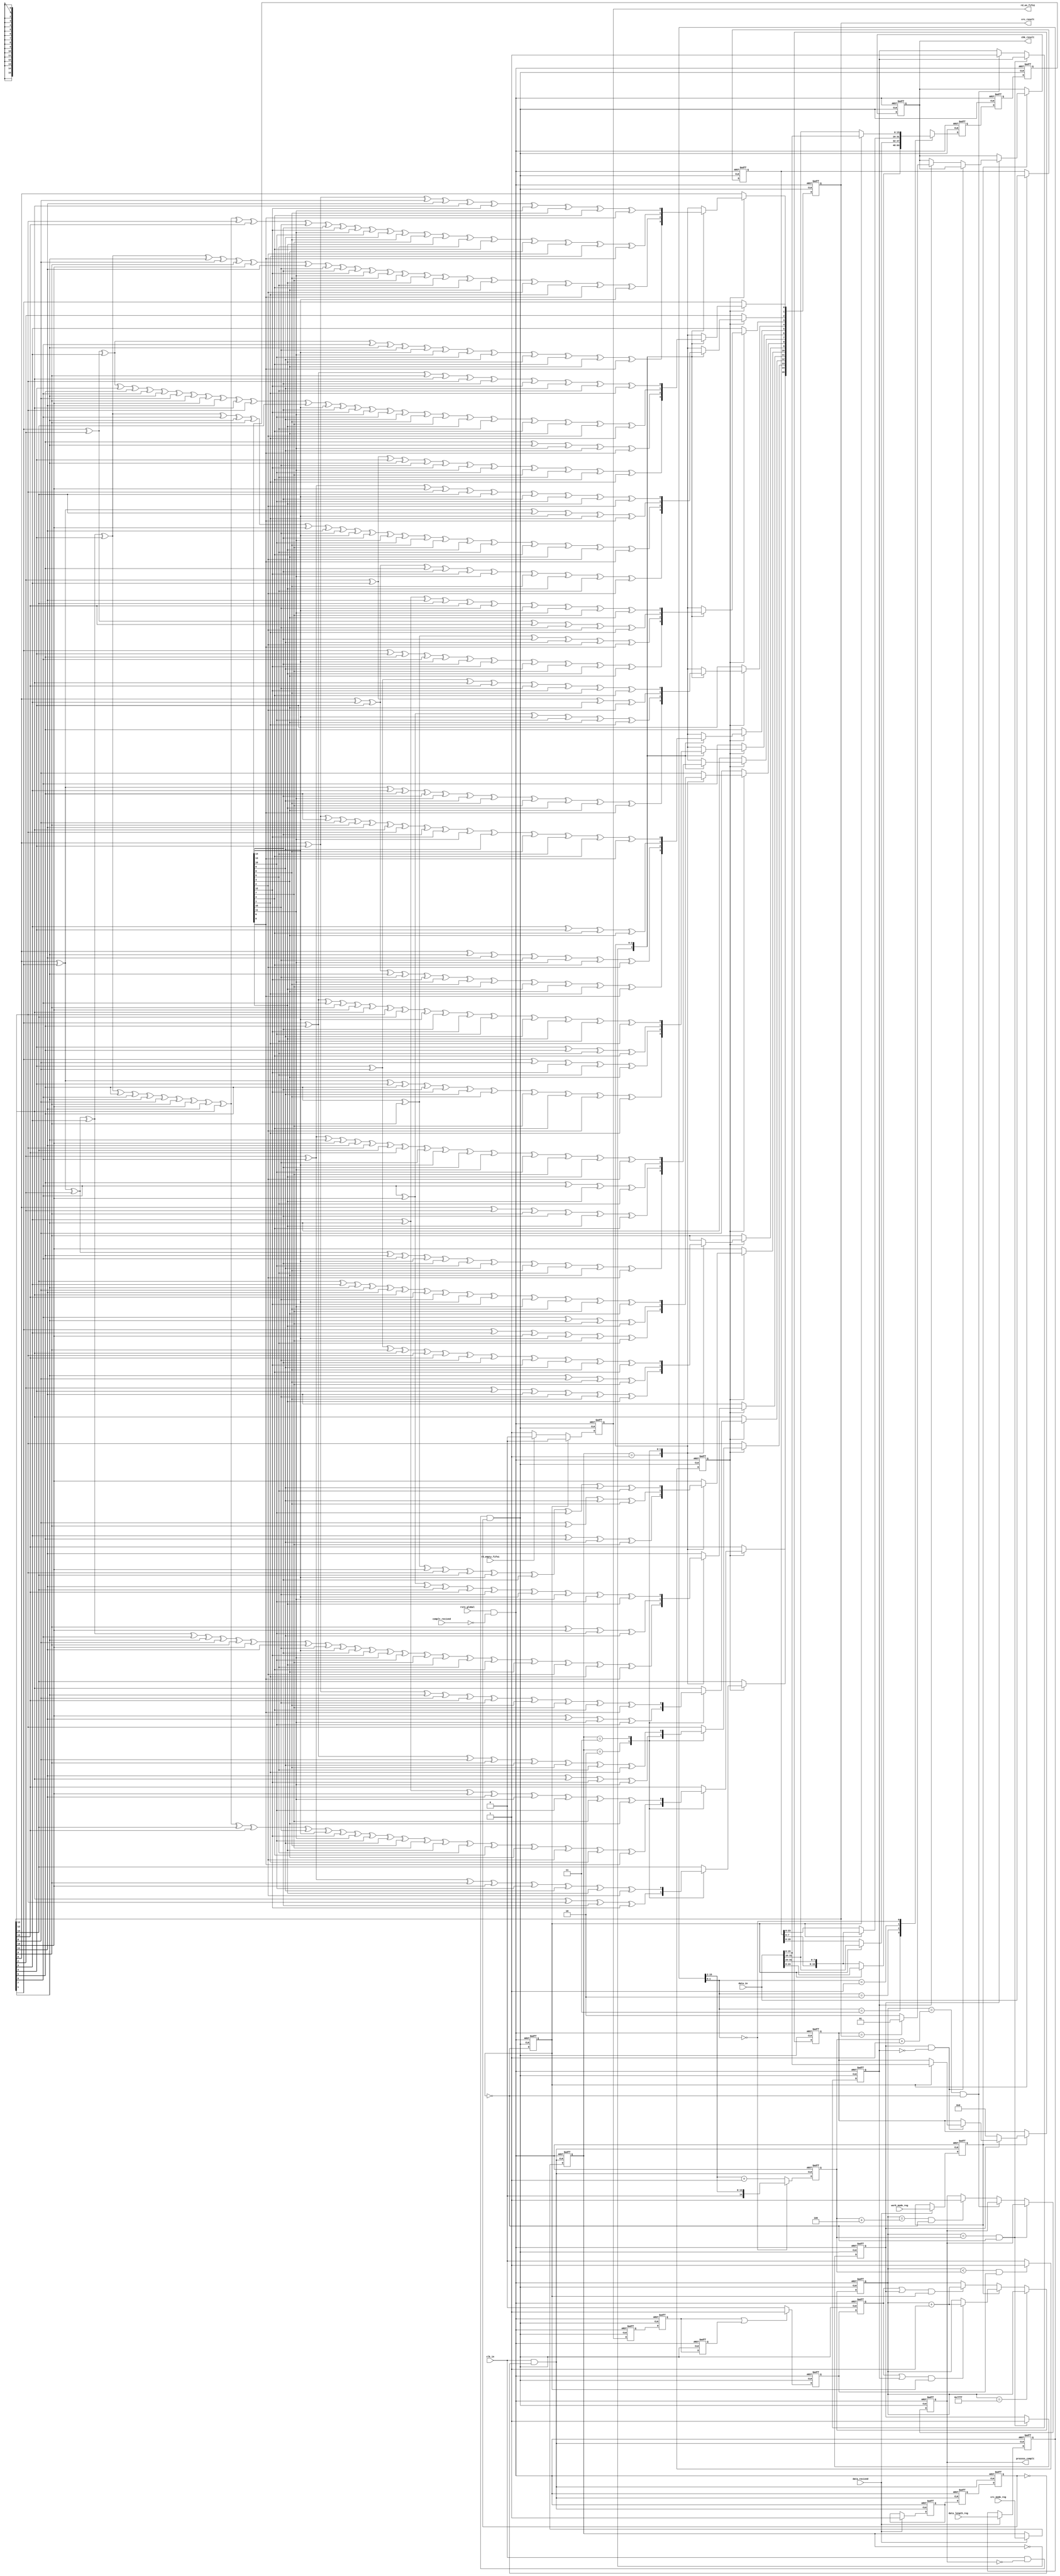
/* //----------------------------------------------------------------------------------------------------------//
//Title: crc_cal;
//Function: crc_cal.
//Version: 1. 20190515.Write this file.
                2.20190524, add fifo to read the data out. now, I can run this function in serial way.
                3.20190527, after check, all functions work well!!!
                4.20190527, add data_in_valid signal.
                5.20190527, change the module's name, let it be a submodule.
                6.20190610, add a input fifo, use rd_en_fifo1 to generate a data_in_valid signal, after test, I find it works well.
//Function: when time 0, first 1 bit data comes in, and some input signals tell me the data_length, crc_mode,
                work_mode. then it caculate the crc number. In work_mode_crc, it writes the data_in and crc to fifo, 
                and in a suitable time, it read the data out(but for convience, I use the clk_in as both input and 
                output fifo clock). In work_mode_chk, it output the chk_result signal.
//Some parameter:               
            ////crc_mode:
            // parameter crc_8bit_mode= 4'b00;
            // parameter crc_12bit_mode= 4'b01;
            // parameter crc_16bit_mode= 4'b10;
            // parameter crc_ccitt_16bit_mode= 4'b11;
            ////work_mode:
            // parameter work_mode_crc= 1'b0;
            // parameter work_mode_chk= 1'b1;
//---------------------------------------------------------------------------------------------------------// */

module crc_cal(
clk_in,
rstn_global,
complt_recived,
data_in,
data_length_reg,
crc_mode_reg,
work_mode_reg,
rd_empty_fifo1,
data_recived,
rd_en_fifo1,
chk_result,
crc_result,
process_complt
);

/* //crc_mode---------- */
parameter crc_8bit_mode= 2'b00;
parameter crc_12bit_mode= 2'b01;
parameter crc_16bit_mode= 2'b10;
parameter crc_ccitt_16bit_mode= 2'b11;
/* ////work_mode------------- */
parameter work_mode_crc= 1'b0;
parameter work_mode_chk= 1'b1;

//------------------------------------------------------------------------------------------------------//
//----------------------------input/output declarations-------------------------------------------//
//--------------------------------------------------------------------------------------------------//
input                   clk_in;                      //input 500mhz clk 
input                   rstn_global;              //global rstn 
input                   complt_recived;           //process restart, use as a reset.
input [31:0]         data_in;                     //32 bit data_in 
input [15:0]         data_length_reg;                //the valid data's length, 65536= 'h10000;
input [1:0]           crc_mode_reg;                 //crc8,12,16,16c. selected by 00,01,10,11
input                   work_mode_reg;              //crc or chk
input                   rd_empty_fifo1;           //200mHz fifo is empty
input                   data_recived;               //configdata will come.
output                 rd_en_fifo1;           //enable read data from 200mHz fifo 
output [1:0]         chk_result;                //01 is right, 10 is wrong. 00 is default
output [15:0]       crc_result;                  //the crc result
output                 process_complt;           //tell others that this module's process is complete.
  

//------------------------------------------------------------------------------------------------------//
//---------------------------------------------main code-------------------------------------------//
//--------------------------------------------------------------------------------------------------//
/* ////clk control------------- */
wire    clk_ctrl0;
wire    clk_ctrl1;

/* ////generate rstn, they can all enable reset----------- */
wire rstn;

/* ////if data_recived, then read config data.---------------- */
reg  [15:0]    data_length_8bit;
reg [14:0]    data_length_32bit;
reg               work_mode;
reg   [1:0]      crc_mode;

reg         process_begin;
reg         process_begin_d1;
reg         process_begin_d2;

/* //delay the data, prepare to split the data into 2 parts -------------------*/
reg [31:0] data_in_d1;

/* //generate a flip signal, use it to select which 16-bits data to use -------------------*/
reg data_select;

/* //select which 16-bits data to use-------------------*/
reg [15:0] data_using;
reg [15:0] data_using_d0;
reg [15:0] data_using_d1;


/* ////generate a rd_empty signal, and let the rd_empty signal to generate a valid signal ----------------*/
reg     rd_en_fifo1;
reg     data_in_valid_d0;       //parallel with data_in
reg     data_in_valid_d1;       //parallel with first data_using
reg     data_in_valid_d2;       //parallel with second data_using
reg     data_in_valid_3;       //parallel with second data_using
reg     data_in_valid/* synthesis keep */;         //data_in_valid is 1 when first and second data_using

/* ////crc calculate valid. */
reg    crc_cal_valid/* synthesis keep */;      //crc_cal_valid is 1 when not crc_complete and data_in_valid is 1

/* ////generate crc---- */
reg [15:0] crc_caling;         //the realtime crc_result. 

/* ////generate counter---- */
reg [14:0] data_count;    //65536= 'h10000;

/* ////Generate a cal_complete signal */
reg chk_complt;         //after data_length_32bit+1, 1
reg crc_complt;           //after data_length_32bit, 1
reg process_complt;     //after data_length_32bit+4, 1.


/* ////check crc. work_mode_chk---------  */
reg [1:0] chk_result;       //if right ,01; if wrong, 10.
reg [15:0] crc_chk_tmp;     //crc data in data_in

/* ////crc_result. make a final result---------- */
wire [15:0] crc_result/* synthesis keep */;     //crc_result from caculating the data_in



////---------------------------------------------------------------------------------------------------
/* ////clk control------------- */
assign clk_ctrl0= clk_in && ~process_begin_d2;
assign clk_ctrl1= clk_in && ~process_complt && process_begin_d2;

////generate rstn, they can all enable reset-----------
assign rstn= rstn_global && ~complt_recived;

/* ////if data_recived, then read config data.---------------- */   
always@(posedge clk_ctrl0 or negedge rstn)
    begin
    if ( ~rstn )
        begin
        data_length_8bit<= 'b1;
        work_mode<= 'b0;
        crc_mode<= 'b0; 
        end
    else 
        begin
        if ( data_recived )
            begin
            data_length_8bit<= data_length_reg;
            work_mode<= work_mode_reg;
            crc_mode<= crc_mode_reg;
            end
        end
    end
    
    
always@(posedge clk_ctrl0 or negedge rstn)
    begin
    if ( ~rstn )
        begin
        process_begin<= 'b0;
        end
    else 
        begin
        if ( data_recived )
            begin
            process_begin<= 'b1;
            end
        end
    end
 
always@(posedge clk_ctrl0 or negedge rstn)
    begin
    if ( ~rstn )
        begin
        process_begin_d1<= 'b0;
        process_begin_d2<= 'b0;
        end
    else 
        begin
        process_begin_d1<= process_begin;
        process_begin_d2<= process_begin_d1;
        end
    end
    
always@(posedge clk_ctrl0 or negedge rstn)
    begin
    if ( ~rstn )
        begin
        data_length_32bit<= 'b1;
        end
    else 
        begin
        if (data_length_8bit[1:0]==2'b00 )
            begin
            data_length_32bit<= data_length_8bit[15:2];
            end
        else
            begin
            data_length_32bit<= data_length_8bit[15:2]+'b1;
            end
        end
    end
    
        
/* //delay the data, prepare to split the data into 2 parts -------------------*/
always@(posedge clk_ctrl1 or negedge rstn)
    begin
    if ( ~rstn )
        begin
        data_in_d1<= 'h0;
        end
    else 
        begin
        if ( data_select== 'b1)
            begin 
            data_in_d1<= data_in;
            end
        end
    end
    
    
/* //generate a flip signal, use it to select which 16-bits data to use -------------------*/
always@(posedge clk_ctrl1 or negedge rstn)
    begin
    if ( ~rstn )
        begin
        data_select<= 'b0;
        end
    else 
        begin
        data_select<= ~data_select;
        end
    end
    
    
/* //select which 16-bits data to use-------------------*/
always@(posedge clk_ctrl1 or negedge rstn)
    begin
    if ( ~rstn )
        begin
        data_using_d0<= 'h0;
        end
    else 
        begin
        case( data_length_8bit[1:0] )
        2'b11 :
            begin
            if ( ~data_select )
                begin
                data_using_d0<= { data_in_d1[7:0],data_in[31:24] };
                end
            else 
                begin
                data_using_d0<= data_in[23:8];
                end
            end
        2'b10 :
            begin
            if ( ~data_select )
                begin
                data_using_d0<= data_in_d1[15:0];
                end
            else 
                begin
                data_using_d0<= data_in[31:16];
                end
            end
        2'b01 :
            begin
            if ( ~data_select )
                begin
                data_using_d0<= data_in_d1[23:8] ;
                end
            else 
                begin
                data_using_d0<= { data_in_d1[7:0],data_in[31:24] };
                end
            end
        2'b00 :
            begin
            if ( ~data_select )
                begin
                data_using_d0<= data_in[31:16] ;
                end
            else 
                begin
                data_using_d0<= data_in[15:0];
                end
            end
        default :
            begin
                data_using_d0<= 'd0;
            end
        endcase
        end
    end
    
always@(posedge clk_ctrl1 or negedge rstn)
    begin
    if ( ~rstn )
        begin
        data_using_d1<= 'b0;
        data_using<= 'b0;
        end
    else 
        begin
        data_using_d1<= data_using_d0;      //valid is delayed, so data_using need to be delay too.
        data_using<= data_using_d1;
        end
    end
    

    
/* ////generate a rd_empty signal, and let the rd_empty signal to generate a valid signal ----------------*/
always@(posedge clk_ctrl1 or negedge rstn)
    begin
    if ( ~rstn )
        begin
        rd_en_fifo1<= 'd0;
        end
    else 
        begin
        if ( data_select== 'd0 )
            begin
            if ( rd_empty_fifo1 )
                begin
                rd_en_fifo1<= 'd0;
                end
            else
                begin
                rd_en_fifo1<= 'd1;
                end
            end
        else
            begin
            rd_en_fifo1<= 'd0;
            end
        end
    end
                
always@(posedge clk_ctrl1 or negedge rstn)
    begin
    if ( ~rstn )
        begin
        data_in_valid_d0<= 'd0;    
        data_in_valid_d1<= 'd0;
        data_in_valid_d2<= 'd0;
        end
    else 
        begin
        data_in_valid_d0<= rd_en_fifo1;
        data_in_valid_d1<= data_in_valid_d0;
        data_in_valid_d2<= data_in_valid_d1;
        end
    end 
 
always@(posedge clk_ctrl1 or negedge rstn)
    begin
    if ( ~rstn )
        begin
        data_in_valid_3<= 'd0;
        end
    else 
        begin
        if ( data_in_valid_d1 || data_in_valid_d2 )
            begin
            data_in_valid_3<= 'd1;
            end
        else
            begin
            data_in_valid_3<= 'd0;
            end
        end
    end
   
always@(posedge clk_ctrl1 or negedge rstn)
    begin
    if ( ~rstn )
        begin
        data_in_valid<= 'd0;    
        end
    else 
        begin
        data_in_valid<= data_in_valid_3;
        end
    end 
    
/* ////crc calculate valid.-----------------------*/
always@(posedge clk_ctrl1 or negedge rstn)
    begin
    if ( ~rstn )
        begin
        crc_cal_valid<= 'd0;
        end
    else 
        begin
        if ( data_count<data_length_32bit && data_in_valid_3 )
            begin
            crc_cal_valid<= 'd1;
            end
        else
            begin
            crc_cal_valid<= 'd0;
            end
        end
    end
    
 
/* ////generate crc---- */
always@(posedge clk_ctrl1 or negedge rstn)
    begin
    if ( ~rstn )
        begin
        crc_caling<= 16'd0;
        end
    else 
        begin
        if ( crc_cal_valid )
            begin
            case( crc_mode )
            crc_8bit_mode:       
                begin
                crc_caling[7]<= crc_caling[0]^crc_caling[1]^crc_caling[2]^crc_caling[5]^crc_caling[6]^data_using[14]^data_using[13]
                                        ^data_using[10]^data_using[9]^data_using[8]^data_using[5]^data_using[3]^data_using[2];
                crc_caling[6]<= crc_caling[0]^crc_caling[1]^crc_caling[4]^crc_caling[5]^data_using[13]^data_using[12]^data_using[9]
                                        ^data_using[8]^data_using[7]^data_using[4]^data_using[2]^data_using[1];
                crc_caling[5]<= crc_caling[0]^crc_caling[3]^crc_caling[4]^crc_caling[7]^data_using[15]^data_using[12]^data_using[11]
                                        ^data_using[8]^data_using[7]^data_using[6]^data_using[3]^data_using[1]^data_using[0];
                crc_caling[4]<= crc_caling[0]^crc_caling[1]^crc_caling[3]^crc_caling[5]^data_using[13]^data_using[11]^data_using[9]
                                        ^data_using[8]^data_using[7]^data_using[6]^data_using[3]^data_using[0];
                crc_caling[3]<= crc_caling[1]^crc_caling[4]^crc_caling[5]^crc_caling[6]^data_using[14]^data_using[13]^data_using[12]
                                        ^data_using[9] ^data_using[7]^data_using[6]^data_using[3];
                crc_caling[2]<= crc_caling[0]^crc_caling[3]^crc_caling[4]^crc_caling[5]^data_using[13]^data_using[12]^data_using[11]
                                        ^data_using[8]^data_using[6]^data_using[5]^data_using[2];
                crc_caling[1]<= crc_caling[2]^crc_caling[3]^crc_caling[4]^crc_caling[7]^data_using[15]^data_using[12]^data_using[11]
                                        ^data_using[10] ^data_using[7]^data_using[5]^data_using[4]^data_using[1];
                crc_caling[0]<= crc_caling[1]^crc_caling[2]^crc_caling[3]^crc_caling[6]^crc_caling[7]^data_using[15]^data_using[14]
                                        ^data_using[11]^data_using[10]^data_using[9]^data_using[6]^data_using[4]^data_using[3]
                                        ^data_using[0];
                end
                
            crc_12bit_mode:           
                begin
                crc_caling[11]<= crc_caling[0]^crc_caling[1]^crc_caling[2]^crc_caling[3]^crc_caling[6]^crc_caling[7]^crc_caling[8]
                                ^crc_caling[9]^crc_caling[10]^crc_caling[11]^data_using[15]^data_using[14]^data_using[13]
                                ^data_using[12]^data_using[11]^data_using[10]^data_using[7]^data_using[6]^data_using[5]
                                ^data_using[4]^data_using[3]^data_using[2]^data_using[1]^data_using[0];
                crc_caling[10]<= crc_caling[3]^crc_caling[5]^data_using[9]^data_using[7];
                crc_caling[9]<= crc_caling[2]^crc_caling[4]^crc_caling[11]^data_using[15]^data_using[8]^data_using[6];
                crc_caling[8]<= crc_caling[1]^crc_caling[3]^crc_caling[10]^data_using[14]^data_using[7]^data_using[5];
                crc_caling[7]<= crc_caling[0]^crc_caling[2]^crc_caling[9]^data_using[13]^data_using[6]^data_using[4];
                crc_caling[6]<= crc_caling[1]^crc_caling[8]^data_using[12]^data_using[5]^data_using[3];
                crc_caling[5]<= crc_caling[0]^crc_caling[7]^crc_caling[11]^data_using[15]^data_using[11]^data_using[4]
                                        ^data_using[2];
                crc_caling[4]<= crc_caling[6]^crc_caling[10]^data_using[14]^data_using[10]^data_using[3]^data_using[1];
                crc_caling[3]<= crc_caling[5]^crc_caling[9]^data_using[13]^data_using[9]^data_using[2]^data_using[0];
                crc_caling[2]<= crc_caling[0]^crc_caling[1]^crc_caling[2]^crc_caling[3]^crc_caling[4]^crc_caling[6]^crc_caling[7]
                                        ^crc_caling[9]^crc_caling[10]^crc_caling[11]^data_using[15]^data_using[14]^data_using[13]
                                        ^data_using[11]^data_using[10]^data_using[8]^data_using[7]^data_using[6]^data_using[5]
                                        ^data_using[4]^data_using[3]^data_using[2]^data_using[0];
                crc_caling[1]<= crc_caling[5]^crc_caling[7]^data_using[11]^data_using[9]^data_using[0];
                crc_caling[0]<= crc_caling[0]^crc_caling[1]^crc_caling[2]^crc_caling[3]^crc_caling[4]^crc_caling[7]^crc_caling[8]
                                        ^crc_caling[9]^crc_caling[10]^crc_caling[11]^data_using[15]^data_using[13]^data_using[12]
                                        ^data_using[11]^data_using[8]^data_using[7]^data_using[6]^data_using[5]^data_using[4]
                                        ^data_using[3]^data_using[2]^data_using[1]^data_using[0]^data_using[14];
                end
                
            crc_16bit_mode:         
                 begin
                crc_caling[15]<= crc_caling[0]^crc_caling[1]^crc_caling[2]^crc_caling[3]^crc_caling[4]^crc_caling[5]^crc_caling[6]
                                        ^crc_caling[7]^crc_caling[8]^crc_caling[9]^crc_caling[10]^crc_caling[11]^crc_caling[12]^crc_caling[14]
                                        ^crc_caling[15]^data_using[15]^data_using[14]^data_using[12]^data_using[11]^data_using[10]
                                        ^data_using[9]^data_using[8]^data_using[7]^data_using[6]^data_using[5]^data_using[4]
                                        ^data_using[3]^data_using[2]^data_using[1]^data_using[0];
                crc_caling[14]<= crc_caling[12]^crc_caling[13]^data_using[13]^data_using[12];
                crc_caling[13]<= crc_caling[11]^crc_caling[12]^data_using[12]^data_using[11];
                crc_caling[12]<= crc_caling[10]^crc_caling[11]^data_using[11]^data_using[10];
                crc_caling[11]<= crc_caling[9]^crc_caling[10]^data_using[10]^data_using[9];
                crc_caling[10]<= crc_caling[8]^crc_caling[9]^data_using[9]^data_using[8];
                crc_caling[9]<= crc_caling[7]^crc_caling[8]^data_using[8]^data_using[7];
                crc_caling[8]<= crc_caling[6]^crc_caling[7]^data_using[7]^data_using[6];
                crc_caling[7]<= crc_caling[5]^crc_caling[6]^data_using[6]^data_using[5];
                crc_caling[6]<= crc_caling[4]^crc_caling[5]^data_using[5]^data_using[4];
                crc_caling[5]<= crc_caling[3]^crc_caling[4]^data_using[4]^data_using[3];
                crc_caling[4]<= crc_caling[2]^crc_caling[3]^data_using[3]^data_using[2];
                crc_caling[3]<= crc_caling[1]^crc_caling[2]^crc_caling[15]^data_using[15]^data_using[2]^data_using[1];
                crc_caling[2]<= crc_caling[0]^crc_caling[1]^crc_caling[14]^data_using[14]^data_using[1]^data_using[0];
                crc_caling[1]<= crc_caling[1]^crc_caling[2]^crc_caling[3]^crc_caling[4]^crc_caling[5]^crc_caling[6]^crc_caling[7]
                                        ^crc_caling[8]^crc_caling[9]^crc_caling[10]^crc_caling[11]^crc_caling[12]^crc_caling[13]
                                        ^crc_caling[14]^data_using[14]^data_using[13]^data_using[12]^data_using[11]^data_using[10]
                                        ^data_using[9]^data_using[8]^data_using[7]^data_using[6]^data_using[5]^data_using[4]
                                        ^data_using[3]^data_using[2]^data_using[1];
                crc_caling[0]<= crc_caling[0]^crc_caling[1]^crc_caling[2]^crc_caling[3]^crc_caling[4]^crc_caling[5]^crc_caling[6]
                                        ^crc_caling[7]^crc_caling[8]^crc_caling[9]^crc_caling[10]^crc_caling[11]^crc_caling[12]^crc_caling[13]
                                        ^crc_caling[15]^data_using[15]^data_using[13]^data_using[12]^data_using[11]^data_using[10]
                                        ^data_using[9]^data_using[8]^data_using[7]^data_using[6]^data_using[5]^data_using[4]
                                        ^data_using[3]^data_using[2]^data_using[1]^data_using[0];
                end
                
            crc_ccitt_16bit_mode:      
                begin
                crc_caling[15]<= crc_caling[3]^crc_caling[7]^crc_caling[10]^crc_caling[11]^data_using[11]
                                        ^data_using[10]^data_using[7]^data_using[3];
                crc_caling[14]<= crc_caling[2]^crc_caling[6]^crc_caling[9]^crc_caling[10]^data_using[10]
                                        ^data_using[9]^data_using[6]^data_using[2];
                crc_caling[13]<= crc_caling[1]^crc_caling[5]^crc_caling[8]^crc_caling[9]^data_using[9]
                                        ^data_using[8]^data_using[5]^data_using[1];
                crc_caling[12]<= crc_caling[0]^crc_caling[4]^crc_caling[7]^crc_caling[8]^crc_caling[15]
                                        ^data_using[15]^data_using[8]^data_using[7]^data_using[4]^data_using[0];
                crc_caling[11]<= crc_caling[6]^crc_caling[10]^crc_caling[11]^crc_caling[14]^crc_caling[15]
                                        ^data_using[15]^data_using[14]^data_using[11]^data_using[10]^data_using[6];
                crc_caling[10]<= crc_caling[5]^crc_caling[9]^crc_caling[10]^crc_caling[13]^crc_caling[14]
                                        ^data_using[14]^data_using[13]^data_using[10]^data_using[9]^data_using[5];
                crc_caling[9]<= crc_caling[4]^crc_caling[8]^crc_caling[9]^crc_caling[12]^crc_caling[13]
                                        ^crc_caling[15]^data_using[15]^data_using[13]^data_using[12]^data_using[9]^data_using[8]
                                        ^data_using[4];
                crc_caling[8]<= crc_caling[14]^crc_caling[3]^crc_caling[7]^crc_caling[8]^crc_caling[11]
                                        ^crc_caling[12]^crc_caling[15]^data_using[15]^data_using[14]^data_using[12]
                                        ^data_using[11]^data_using[8]^data_using[7]^data_using[3];
                crc_caling[7]<= crc_caling[2]^crc_caling[6]^crc_caling[7]^crc_caling[10]^crc_caling[11]
                                        ^crc_caling[13]^crc_caling[14]^crc_caling[15]^data_using[15]^data_using[14]
                                        ^data_using[13]^data_using[11]^data_using[10]^data_using[7]^data_using[6]^data_using[2];
                crc_caling[6]<= crc_caling[1]^crc_caling[5]^crc_caling[6]^crc_caling[9]^crc_caling[10]
                                        ^crc_caling[12]^crc_caling[13]^crc_caling[14]^data_using[14]^data_using[13]
                                        ^data_using[12]^data_using[10]^data_using[9]^data_using[6]^data_using[5]^data_using[1];
                crc_caling[5]<= crc_caling[0]^crc_caling[4]^crc_caling[5]^crc_caling[8]^crc_caling[9]
                                        ^crc_caling[11]^crc_caling[12]^crc_caling[13]^data_using[13]^data_using[12]^data_using[11]
                                        ^data_using[9]^data_using[8]^data_using[5]^data_using[4]^data_using[0];
                crc_caling[4]<= crc_caling[4]^crc_caling[8]^crc_caling[12]^crc_caling[15]^data_using[15]
                                        ^data_using[12]^data_using[8]^data_using[4];
                crc_caling[3]<= crc_caling[3]^crc_caling[7]^crc_caling[11]^crc_caling[14]^crc_caling[15]
                                        ^data_using[15]^data_using[14]^data_using[11]^data_using[7]^data_using[3];
                crc_caling[2]<= crc_caling[2]^crc_caling[6]^crc_caling[10]^crc_caling[13]^crc_caling[14]
                                        ^data_using[14]^data_using[13]^data_using[10]^data_using[6]^data_using[2];
                crc_caling[1]<= crc_caling[1]^crc_caling[5]^crc_caling[9]^crc_caling[12]^crc_caling[13]
                                        ^data_using[13]^data_using[12]^data_using[9]^data_using[5]^data_using[1];
                crc_caling[0]<= crc_caling[0]^crc_caling[4]^crc_caling[8]^crc_caling[11]^crc_caling[12]
                                        ^data_using[12]^data_using[11]^data_using[8]^data_using[4]^data_using[0];
                end
                
            default:
                begin
                crc_caling<= 16'd0;
                end   
            endcase
            end  
        end
    end

    
/* ////generate counter---- */
always@(posedge clk_ctrl1 or negedge rstn)
    begin
    if ( ~rstn )
        begin
        data_count<= 'd0;
        end
    else 
        begin
        if (data_count== 'h7fff )
            begin
            data_count<= data_count;
            end
        else if ( work_mode== work_mode_crc )
            begin
            if ( (data_in_valid || crc_complt) && data_select=='b1 )
                begin
                data_count<= data_count+ 'd1;
                end
            end
        else if ( work_mode== work_mode_chk )
            begin
            if ( (data_in_valid || chk_complt) && data_select=='b1 )
                begin
                data_count<= data_count+ 'd1;
                end
            end
        end
    end
    

                                            
/* ////Generate a cal_complete signal */
always@(posedge clk_ctrl1 or negedge rstn)
    begin
    if ( ~rstn )
        begin
        chk_complt<= 'd0;
        crc_complt<= 'd0;
        process_complt<= 'd0;
        end
    else 
        begin
        if (data_count== data_length_32bit && data_select=='b0 )
            begin
            crc_complt<= 'd1;
            end
        else if (data_count== data_length_32bit+'d1 && data_select=='b0 )
            begin
            chk_complt<= 'd1;
            end
        else if (data_count== data_length_32bit+'d4 && data_select=='b0 )
            begin
            process_complt<= 'd1;
            end
        else
            begin
            crc_complt<= crc_complt;
            chk_complt<= chk_complt;
            process_complt<= process_complt;
            end
        end
    end
    
 

/* ////check crc. work_mode_chk---------  */
always@(posedge clk_ctrl1 or negedge rstn)
    begin
    if ( ~rstn )
        begin          
        crc_chk_tmp<= 'd0;
        chk_result<= 'd0;
        end
    else 
        begin    
        if( work_mode== work_mode_chk )
            begin
            if ( crc_complt==0 )  
                begin
                crc_chk_tmp<= 'd0;
                end
            else if ( crc_complt==1 && chk_complt==0 )    //crc_complt,1.chk_complt,0
                begin
                if ( data_select== 'b1 )
                    begin
                    crc_chk_tmp<= data_in[15:0];
                    end
                end
            else if ( chk_complt==1 )    
                begin
                if (crc_chk_tmp== crc_result)
                    begin
                    chk_result<= 'b01;
                    end
                else
                    begin
                    chk_result<= 'b10;
                    end
                end
            end
        end
    end
    

/* ////crc_result. make a final result---------- */
assign crc_result= crc_caling;

    
endmodule